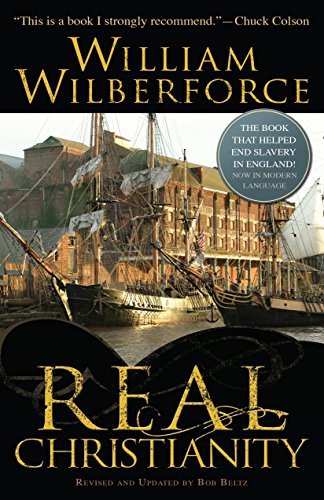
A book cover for Real Christianity; William Wilberforce; Christian Books & Bibles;